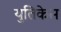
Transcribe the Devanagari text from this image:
युतिकेस